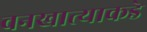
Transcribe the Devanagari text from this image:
वनखात्याकडे